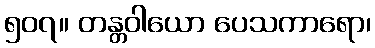
၅၀၇။ တန္တဝါယော ပေသကာရော၊